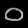
Digit: ၀